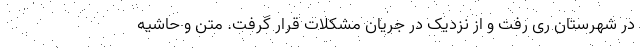
در شهرستان ری رفت و از نزدیک در جریان مشکلات قرار گرفت. متن و حاشیه